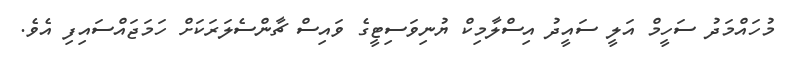
މުހައްމަދު ސަހީމް އަލީ ސައީދު އިސްލާމިކް ޔުނިވަސިޓީގެ ވައިސް ޗާންސެލަރަކަށް ހަމަޖައްސައިފި އެވެ.